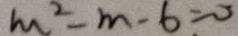
m ^ { 2 } - m - 6 = 0